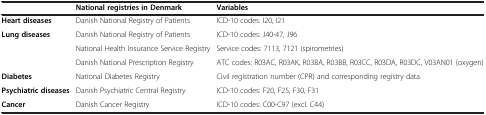
|  | National registries in Denmark | Variables |
 | --- | --- | --- |
 | Heart diseases | Danish National Registry of Patients | ICD-10 codes: I20, I21 |
 | <ROWSPAN=3> Lung diseases | Danish National Registry of Patients | ICD-10 codes: J40-47, J96 |
 | National Health Insurance Service Registry | Service codes: 7113, 7121 (spirometries) |
 | Danish National Prescription Registry | ATC codes: R03AC, R03AK, R03BA, R03BB, R03CC, R03DA, R03DC, V03AN01 (oxygen) |
 | Diabetes | National Diabetes Registry | Civil registration number (CPR) and corresponding registry data |
 | Psychiatric diseases | Danish Psychiatric Central Registry | ICD-10 codes: F20, F25, F30, F31 |
 | Cancer | Danish Cancer Registry | ICD-10 codes: C00-C97 (excl. C44) |